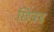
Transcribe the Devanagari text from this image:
छित्रड